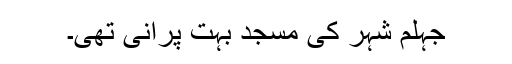
جہلم شہر کی مسجد بہت پرانی تھی۔